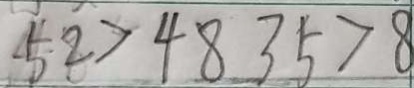
5 2 > 4 8 3 5 > 8